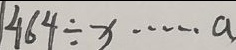
1 4 6 4 \div x \cdots a